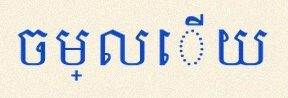
ចម្លើយ